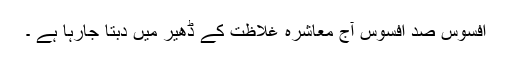
افسوس صد افسوس آج معاشرہ غلاظت کے ڈھیر میں دبتا جارہا ہے ۔